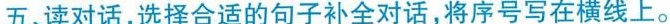
五、读对话,选择合适的句子补全对话,将序号写在横线上。